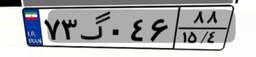
۷۳گ۰۴۶۸۸